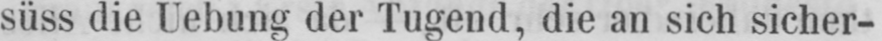
süss die Uebung der Tugend, die an sich sicher-